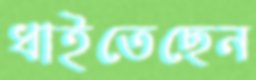
ধাইতেছেন